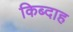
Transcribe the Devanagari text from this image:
किब्दाह